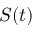
S ( t )